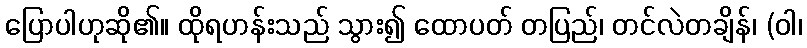
ပြောပါဟုဆို၏။ ထိုရဟန်းသည် သွား၍ ထောပတ် တပြည်၊ တင်လဲတချိန်၊ (ဝါ၊